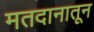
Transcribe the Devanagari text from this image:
मतदानातून